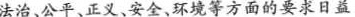
法治、公平、正义、安全、环境等方面的要求日益